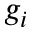
g _ { i }